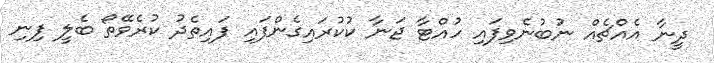
ދީނާ އެއްޗެއް ނުބުނެވިފައި ހުއްޓާ ޖަނާ ކުކުރައިގެންފައި ފައިތެދު ކުރެވޭތޯ ބެލީ ފިނި